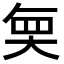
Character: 𭑒